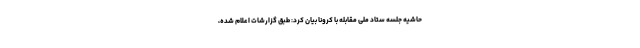
حاشیه جلسه ستاد ملی مقابله با کرونا بیان کرد: طبق گزارشات اعلام شده،